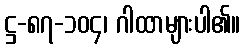
ဋ္ဌ-၈၇-၁၀၄၊ ဂါထာများပါ၏။